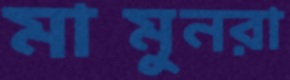
মামুনরা